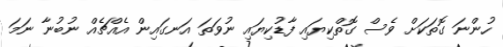
ހުންނަ ގޮތަކަށް ވެސް ގޮތްކިޔައި ފާޑުކިޔައި ނުވަތަ އަނގައިން އެއްޗެއް ނުބުނާ ނަމަ